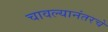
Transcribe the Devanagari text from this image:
चावल्यानंतरचे